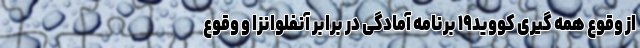
از وقوع همه گیری کووید۱۹ برنامه آمادگی در برابر آنفلوانزا و وقوع